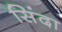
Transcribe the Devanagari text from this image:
सिंदा